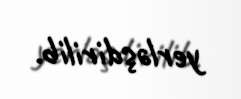
yerləşdirilib.